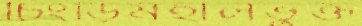
চিংড়িমহালভুক্ত